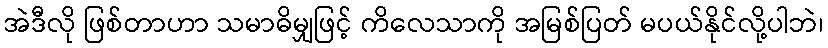
အဲဒီလို ဖြစ်တာဟာ သမာဓိမျှဖြင့် ကိလေသာကို အမြစ်ပြတ် မပယ်နိုင်လို့ပါဘဲ၊